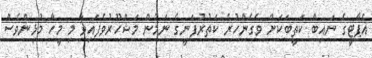
އެޕާޓީގެ ނައިބް ކަތީބަކަށް ވެގެންހުރެ ކަތުރުފަނީގެ ނަމުން މަޝްހޫރުވެފައިވާ މި މީހާ މުޅިންވެސް